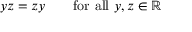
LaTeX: y z = z y \qquad { \mathrm { f o r ~ a l l ~ } } y , z \in \mathbb { R }